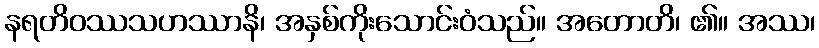
နရတိဝဿသဟဿာနိ၊ အနှစ်ကိုးသောင်းဝံသည်။ အတောတိ၊ ၏။ အဿ၊